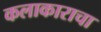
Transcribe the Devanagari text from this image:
कलाकाराचा